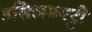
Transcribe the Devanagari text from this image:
उसिलमपट्टी